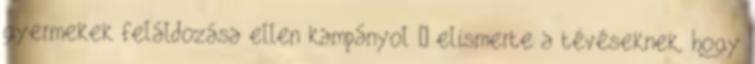
gyermekek feláldozása ellen kampányol – elismerte a tévéseknek, hogy